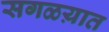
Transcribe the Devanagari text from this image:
सगळय़ात